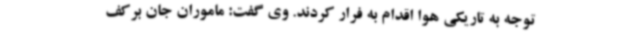
توجه به تاریکی هوا اقدام به فرار کردند. وی گفت: ماموران جان برکف